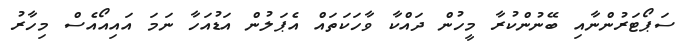
ސަޕޯޓަރުންނާއި ބޭނުންކުރާ މީހުން ދައްކާ ވާހަކަތައް އެޕަލުން އަޑުއަހާ ނަމަ އައިއޯއެސް މިހާރު